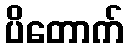
ပိတောက်